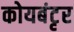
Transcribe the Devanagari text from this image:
कोयबंटृर